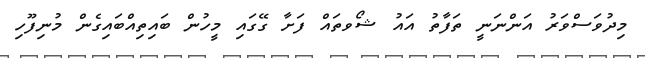
މިދުވަސްވަރު އަންނަނީ ތަފާތު އައު ޝޯވތައް ފަށާ ގޭގައި މީހުން ބައިތިއްބައިގެން މުނިފޫހި